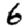
Digit: 6